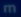
m